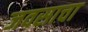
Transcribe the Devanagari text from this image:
जवसाचा